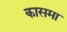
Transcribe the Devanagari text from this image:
कासमा